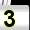
Digit: 3